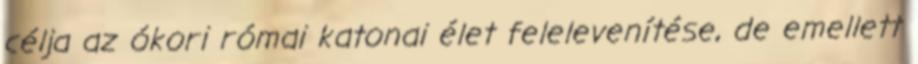
célja az ókori római katonai élet felelevenítése, de emellett